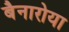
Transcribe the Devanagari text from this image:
बैनारोया